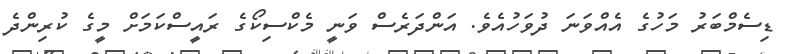
ޑިސެމްބަރު މަހުގެ އެއްވަނަ ދުވަހުއެވެ. އަންދަރެސް ވަނީ މެކްސިކޯގެ ރައީސްކަމަށް މީގެ ކުރިންދެ